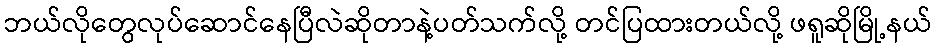
ဘယ်လိုတွေလုပ်ဆောင်နေပြီလဲဆိုတာနဲ့ပတ်သက်လို့ တင်ပြထားတယ်လို့ ဖရူဆိုမြို့နယ်